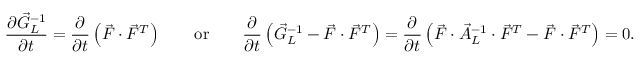
\frac { \partial \vec { G } _ { L } ^ { - 1 } } { \partial t } = \frac { \partial } { \partial t } \left( \vec { F } \cdot \vec { F } ^ { T } \right) \qquad \mathrm { o r } \qquad \frac { \partial } { \partial t } \left( \vec { G } _ { L } ^ { - 1 } - \vec { F } \cdot \vec { F } ^ { T } \right) = \frac { \partial } { \partial t } \left( \vec { F } \cdot \vec { A } _ { L } ^ { - 1 } \cdot \vec { F } ^ { T } - \vec { F } \cdot \vec { F } ^ { T } \right) = \boldsymbol { 0 } .